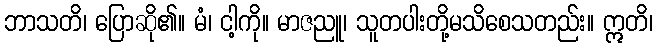
ဘာသတိ၊ ပြောဆို၏။ မံ၊ ငါ့ကို။ မာဇညူ၊ သူတပါးတို့မသိစေသတည်း။ ဣတိ၊